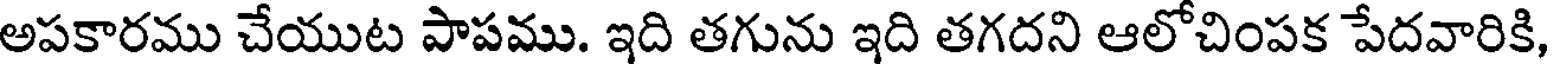
అపకారము చేయుట పాపము. ఇది తగును ఇది తగదని ఆలోచింపక పేదవారికి,